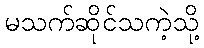
မသက်ဆိုင်သကဲ့သို့